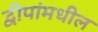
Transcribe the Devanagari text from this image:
द्वीपांमधील